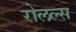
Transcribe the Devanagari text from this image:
रोलल्स